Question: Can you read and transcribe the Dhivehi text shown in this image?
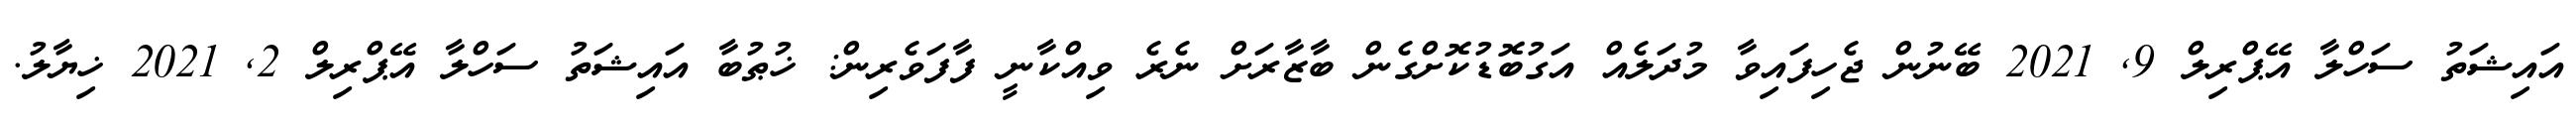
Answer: އައިޝަތު ސަހްލާ އޭޕްރިލް 9, 2021 ބޭނުން ޖެހިފައިވާ މުދަލެއް އަގުބޮޑުކޮށްގެން ބާޒާރަށް ނެރެ ވިއްކާނީ ފާފަވެރިން: ޚުޠުބާ އައިޝަތު ސަހްލާ އޭޕްރިލް 2, 2021 ޚިޔާލު.